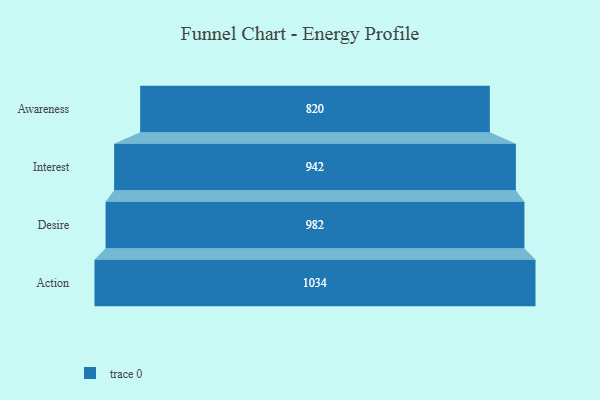
{"axis": {"x": "Stage", "y": "Value"}, "legend": [""], "data": [{"x": "Awareness", "y": 820.0, "type": ""}, {"x": "Interest", "y": 942.0, "type": ""}, {"x": "Desire", "y": 982.0, "type": ""}, {"x": "Action", "y": 1034.0, "type": ""}]}